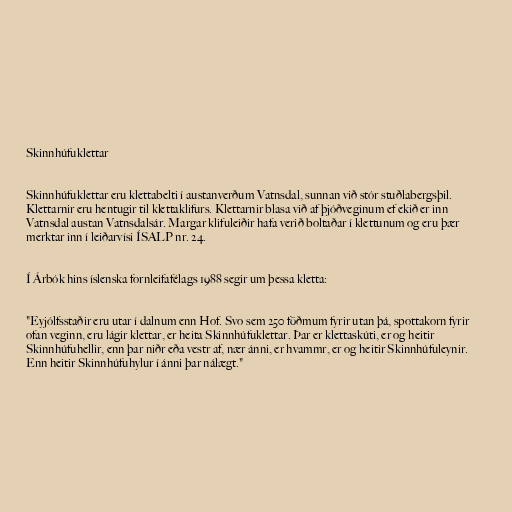
Skinnhúfuklettar

Skinnhúfuklettar eru klettabelti í austanverðum Vatnsdal, sunnan við stór stuðlabergsþil.
Klettarnir eru hentugir til klettaklifurs. Klettarnir blasa við af þjóðveginum ef ekið er inn
Vatnsdal austan Vatnsdalsár. Margar klifuleiðir hafa verið boltaðar í klettunum og eru þær
merktar inn í leiðarvísi ÍSALP nr. 24.

Í Árbók hins íslenska fornleifafélags 1988 segir um þessa kletta:

"Eyjólfsstaðir eru utar í dalnum enn Hof. Svo sem 250 föðmum fyrir utan þá, spottakorn fyrir
ofan veginn, eru lágir klettar, er heita Skinnhúfuklettar. Þar er klettaskúti, er og heitir
Skinnhúfuhellir, enn þar niðr eða vestr af, nær ánni, er hvammr, er og heitir Skinnhúfuleynir.
Enn heitir Skinnhúfuhylur í ánni þar nálægt."